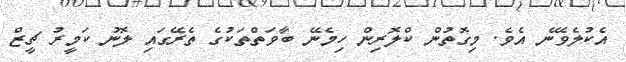
އެކުލެވޭނެ އެވެ. މިގޮތުން ކްލޮރިން ހިމެނޭ ބާވަތްތަކުގެ ތެރޭގައި ލޮނު ކަމީރު ޗީޒް